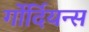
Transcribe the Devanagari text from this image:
र्गोर्दियन्स